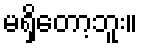
မရှိတော့ဘူး။